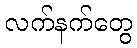
လက်နက်တွေ